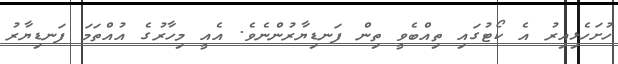
ހުށަހެޅިއިރު އެ ކޯޓުގައި ތިއްބެވީ ތިން ފަނޑިޔާރުންނެވެ. އެއީ މިހާރުގެ އުއްތަމަ ފަނޑިޔާރު